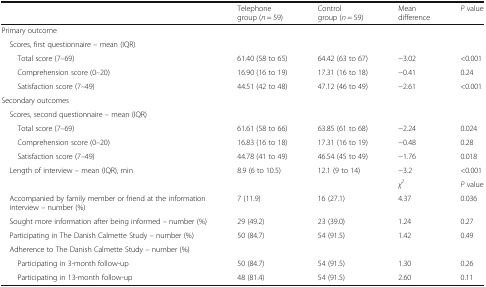
|  | Telephone group (n = 59) | Control group (n = 59) | Mean difference | P value |
 | --- | --- | --- | --- | --- |
 | <COLSPAN=5> Primary outcome |
 | <COLSPAN=5> Scores, first questionnaire – mean (IQR) |
 | Total score (7–69) | 61.40 (58 to 65) | 64.42 (63 to 67) | −3.02 | <0.001 |
 | Comprehension score (0–20) | 16.90 (16 to 19) | 17.31 (16 to 18) | −0.41 | 0.24 |
 | Satisfaction score (7–49) | 44.51 (42 to 48) | 47.12 (46 to 49) | −2.61 | <0.001 |
 | <COLSPAN=5> Secondary outcomes |
 | <COLSPAN=5> Scores, second questionnaire – mean (IQR) |
 | Total score (7–69) | 61.61 (58 to 66) | 63.85 (61 to 68) | −2.24 | 0.024 |
 | Comprehension score (0–20) | 16.83 (16 to 18) | 17.31 (16 to 19) | −0.48 | 0.28 |
 | Satisfaction score (7–49) | 44.78 (41 to 49) | 46.54 (45 to 49) | −1.76 | 0.018 |
 | Length of interview – mean (IQR), min | 8.9 (6 to 10.5) | 12.1 (9 to 14) | −3.2 | <0.001 |
 |  |  |  | χ2 | P value |
 | Accompanied by family member or friend at the information interview – number (%) | 7 (11.9) | 16 (27.1) | 4.37 | 0.036 |
 | Sought more information after being informed – number (%) | 29 (49.2) | 23 (39.0) | 1.24 | 0.27 |
 | Participating in The Danish Calmette Study – number (%) | 50 (84.7) | 54 (91.5) | 1.42 | 0.49 |
 | <COLSPAN=5> Adherence to The Danish Calmette Study – number (%) |
 | Participating in 3-month follow-up | 50 (84.7) | 54 (91.5) | 1.30 | 0.26 |
 | Participating in 13-month follow-up | 48 (81.4) | 54 (91.5) | 2.60 | 0.11 |